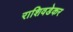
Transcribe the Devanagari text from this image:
राशिवडेकर